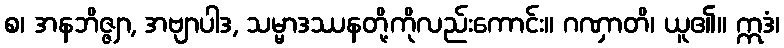
စ၊ အနဘိဇ္ဇျာ, အဗျာပါဒ, သမ္မာဒဿနတို့ကိုလည်းကောင်း။ ဂဏှာတိ၊ ယူ၏။ ဣဒံ၊